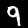
Digit: 9